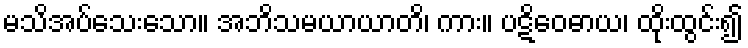
မသိအပ်သေးသော။ အဘိသမယာယာတိ၊ ကား။ ပဋိဝေဓာယ၊ ထိုးထွင်း၍